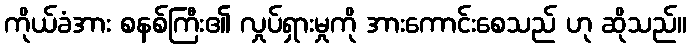
ကိုယ်ခံအား စနစ်ကြီး၏ လှုပ်ရှားမှုကို အားကောင်းစေသည် ဟု ဆိုသည်။